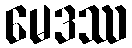
မေဒဿ